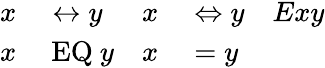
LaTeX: \begin{array}{rlrlr}{x}&{{}\leftrightarrow y}&{x}&{{}\Leftrightarrow y}&{Exy}\\ {x}&{{}\mathrm{~EQ~}y}&{x}&{{}=y}\end{array}